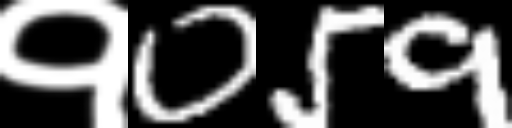
Text: १059